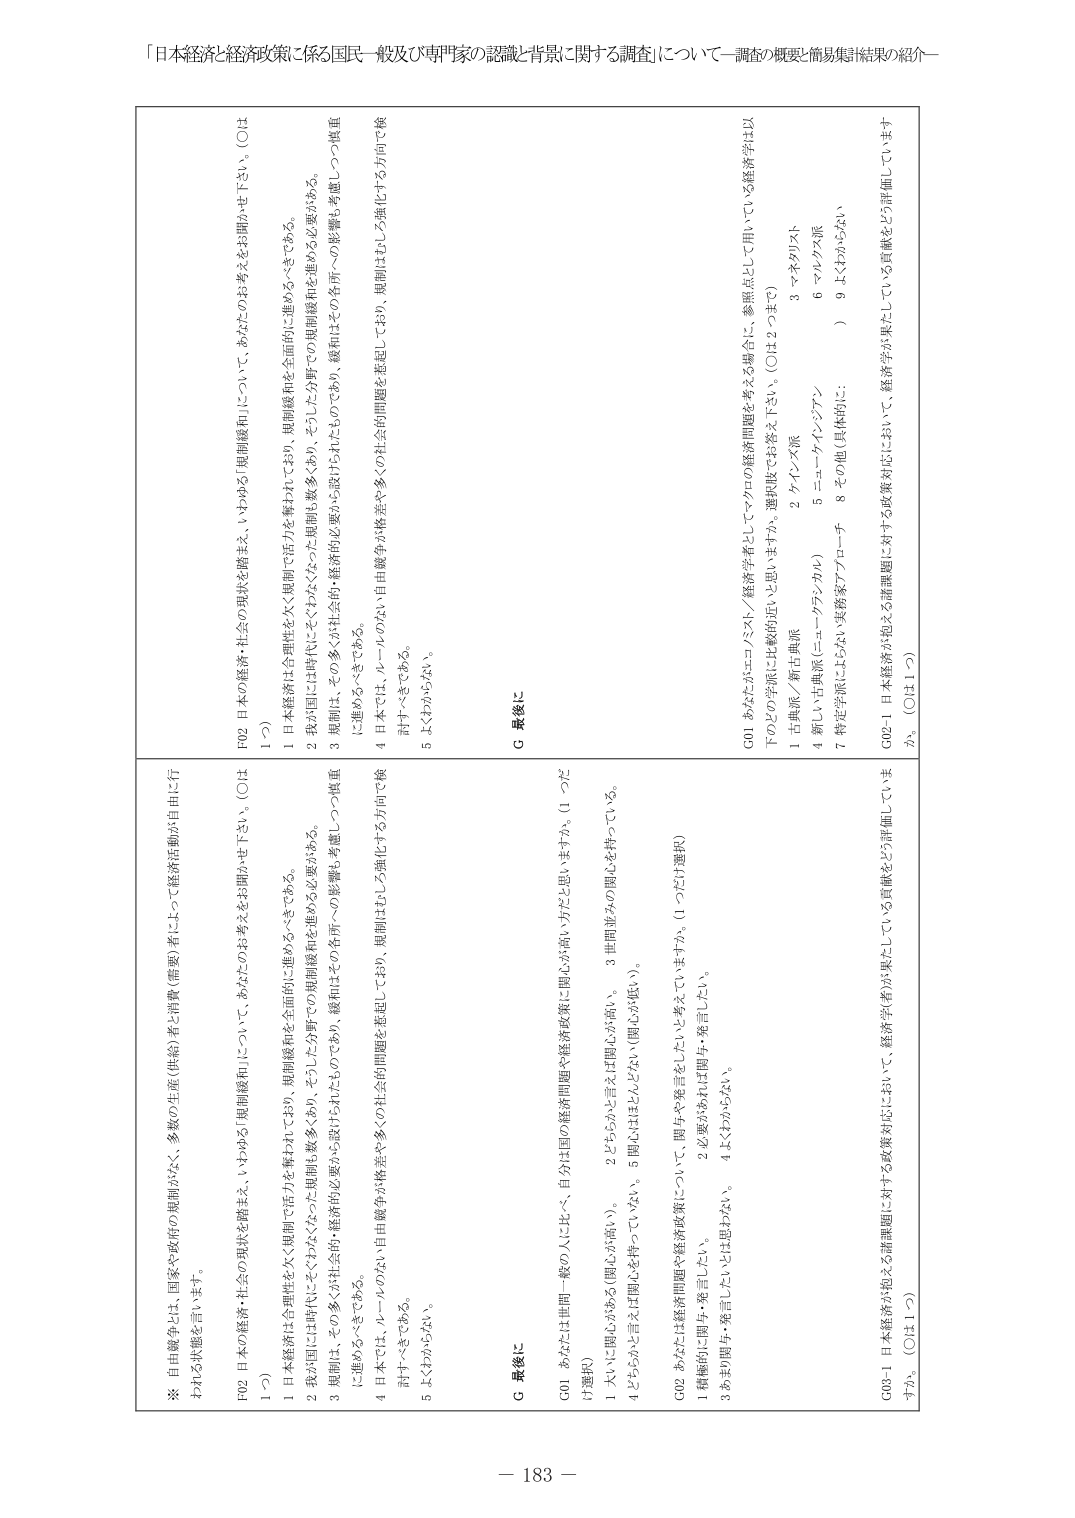
「日本経済と経済政策に係る国民一般及び専門家の認識・背景に関する調査」について－調査の概要・簡易集計結果の紹介－

※ 自由競争とは、国家や政府の規制がなく、多数の生産（供給）者と消費者（需要）者によって経済活動が自由に行われる状態を言います。

F02 日本の経済・社会の現状を踏まえ、いわゆる「規制緩和」について、あなたのお考えをお聞かせ下さい。（○は1つ）

1 日本経済は合理性を欠く規制と活力を奪われており、規制緩和を全面的に進めるべきである。

2 我が国には時代にそぐわなくなった規制は数多くあり、そうした分野での規制緩和を進める必要がある。

3 規制は、その多くが社会的・経済的必要から設けられたものであり、緩和はその各所への影響も考慮しつつ慎重に進めるべきである。

4 日本では、ルールの不自由競争が格差や多くの社会的問題を惹起しており、規制はむしろ強化する方向で検討すべきである。

5 よくわからない。

G 最後に

G01 あなたは世間一般の人にとって、自分は国の経済問題や経済政策に関心が高い方だと思いますか。（1 つだけ選択）

1 大いに関心がある（個人が高い）。

2 どちらかと言えば関心がある（個人が低い）。

3 世間並みの関心を持っている。

4 どちらかと言えば関心を持っていない。

5 関心はほとんどない（関心が低い）。

G02 あなたは経済問題や経済政策について、関与や発言をしたいと考えていますか。（1 つだけ選択）

1 積極的に関与・発言したい。

2 必要があれば関与・発言したい。

3 あまり関与・発言したいとは思わない。

4 よくわからない。

F02 日本の経済・社会の現状を踏まえ、いわゆる「規制緩和」について、あなたのお考えをお聞かせ下さい。（○は1つ）

1 日本経済は合理性を欠く規制と活力を奪われており、規制緩和を全面的に進めるべきである。

2 我が国には時代にそぐわなくなった規制は数多くあり、そうした分野での規制緩和を進める必要がある。

3 規制は、その多くが社会的・経済的必要から設けられたものであり、緩和はその各所への影響も考慮しつつ慎重に進めるべきである。

4 日本では、ルールの不自由競争が格差や多くの社会的問題を惹起しており、規制はむしろ強化する方向で検討すべきである。

5 よくわからない。

G 最後に

G01 あなたはエコノミスト／経済学者としてマクロの経済問題を考える場合に、参照点として用いている経済学は以下のどの学派に比較的近いと思いますか。選択肢でお答え下さい。（○は2つまで）

1 古典派／新古典派

2 ケインズ派

3 マネタリスト

4 新しい古典派（ニューキーンズアン）

5 ニューキーンズアン

6 マルクス派

7 特定学派にはふさわしくない（実務家アプローチ）

8 その他（具体的に：　　　　）

9 よくわからない

G02-1 日本経済が抱える諸課題に対する政策対応において、経済学者が果たしている貢献をどう評価していますか。（○は1～2）

G03-1 日本経済が抱える諸課題に対する政策対応において、経済学者が果たしている貢献をどう評価していますか。（○は1つ）

－ 183 －